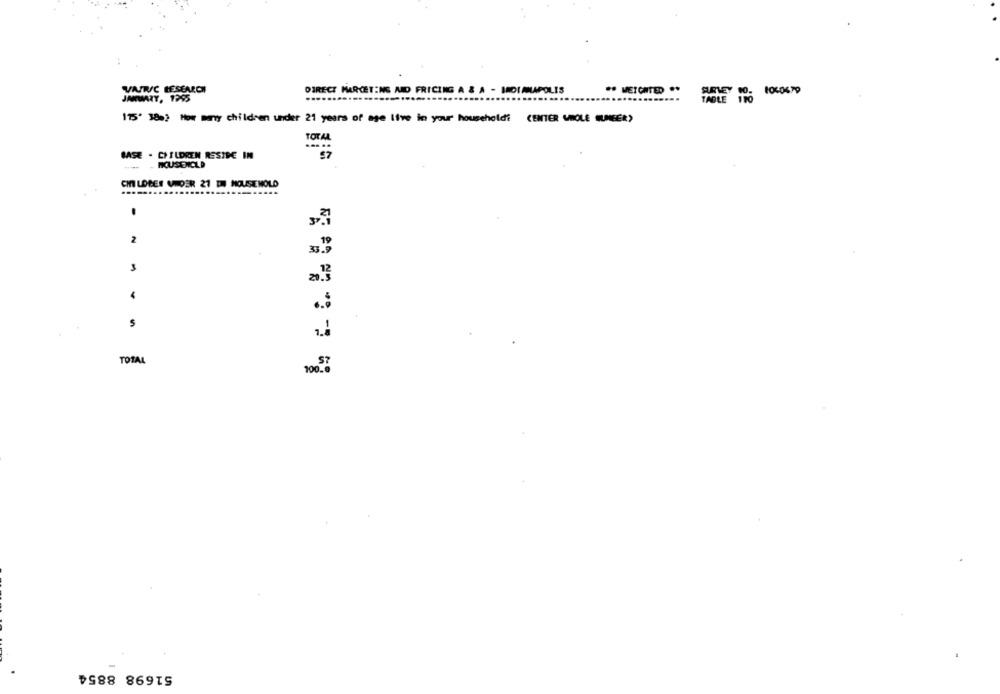
VATRSC RESEARCH
DIRECT MARKETING AND FRICING A & A - INDIMLAPOLIS
** MEICATED .*
JANUARY, 1995
175' 380) How many children under 21 years of age live in your household? CENTER WHOLE (UNEER)
TOTAL
BASE . CHILDREN RESIDE IN
IKUSDICLD
CI LOBES UNDER 27 TH HOUSEHOLD
2
3
20.3
TOTAL
100.
51698 8854